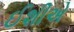
ઈશીએ